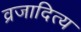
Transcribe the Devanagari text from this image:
व्रजादित्य